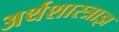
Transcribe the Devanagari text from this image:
अर्थशास्त्राज्ञ